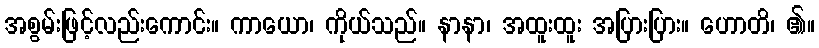
အစွမ်းဖြင့်လည်းကောင်း။ ကာယော၊ ကိုယ်သည်။ နာနာ၊ အထူးထူး အပြားပြား။ ဟောတိ၊ ၏။